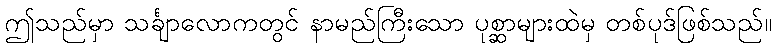
ဤသည်မှာ သင်္ချာလောကတွင် နာမည်ကြီးသော ပုစ္ဆာများထဲမှ တစ်ပုဒ်ဖြစ်သည်။